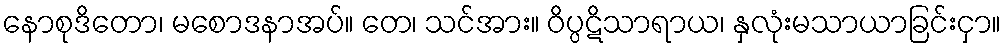
နောစုဒိတော၊ မစောဒနာအပ်။ တေ၊ သင်အား။ ဝိပ္ပဋိသာရာယ၊ နှလုံးမသာယာခြင်းငှာ။